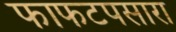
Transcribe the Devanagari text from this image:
फाफटपसारा